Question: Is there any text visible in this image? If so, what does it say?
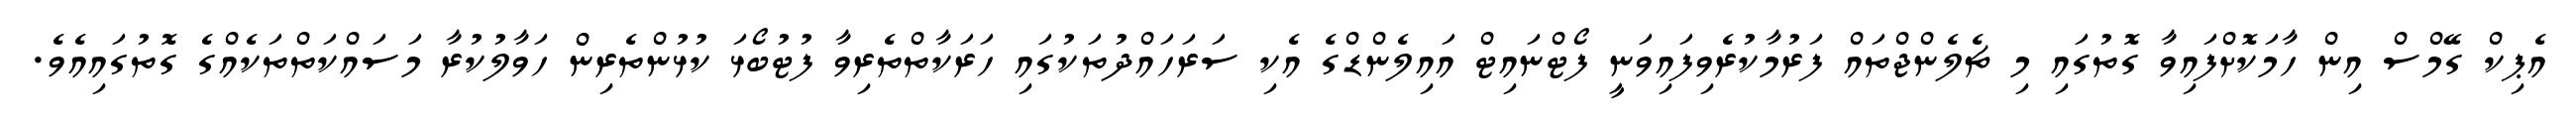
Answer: އެޕިކް ގޭމްސް އިން ހާމަކޮށްފައިވާ ގޮތުގައި މި ޗެލެންޖްތައް ފަރުމާކުރެވިފައިވަނީ ފޯޓްނައިޓް އައިލެންޑްގެ އެކި ސަރަހައްދުތަކުގައި ހަރަކާތްތެރިވާ ފުޓުބޯޅަ ކުޅުންތެރިން ހަވާލުކުރާ މަސައްކަތްތަކެއްގެ ގޮތުގައިއެވެ.